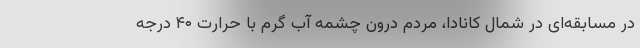
در مسابقه‌ای در شمال کانادا، مردم درون چشمه آب گرم با حرارت ۴۰ درجه